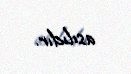
asılıdır.